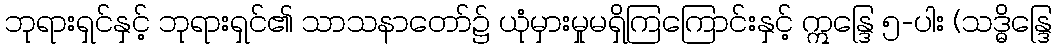
ဘုရားရှင်နှင့် ဘုရားရှင်၏ သာသနာတော်၌ ယုံမှားမှုမရှိကြကြောင်းနှင့် ဣန္ဒြေ ၅-ပါး (သဒ္ဓိန္ဒြေ